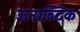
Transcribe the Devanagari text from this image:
ऊनाब्दिक